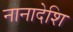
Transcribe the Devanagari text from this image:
नानादेशि